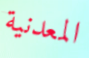
المعدنية